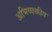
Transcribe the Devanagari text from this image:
अभिव्यक्तीत